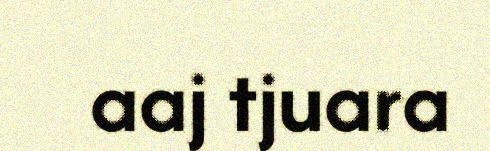
aaj tjuara